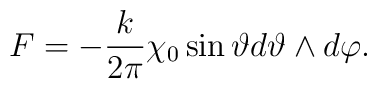
F = - \frac{k}{2\pi}\chi_0 \sin \vartheta d\vartheta \wedge d\varphi .